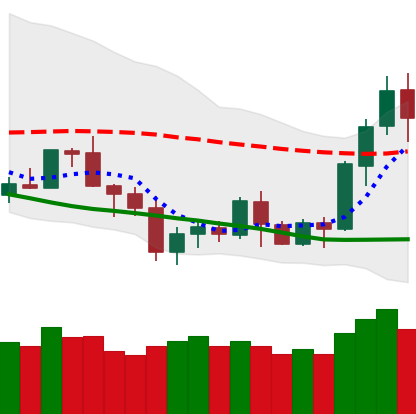
Ticker: BNB-USD
Chart end date: 2020-07-09
Forward return: 7.095%
Label: up_7plus